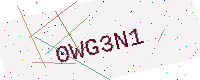
Text: 0WG3N1